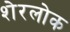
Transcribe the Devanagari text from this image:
शेरलोक